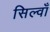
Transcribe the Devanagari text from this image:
सिल्वाँ